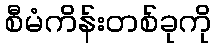
စီမံကိန်းတစ်ခုကို